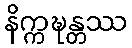
နိက္ကဍ္ဎန္တဿ